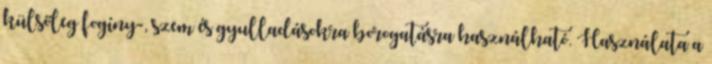
külsőleg fogíny-, szem és gyulladásokra borogatásra használható. Használata a